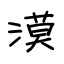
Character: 漠